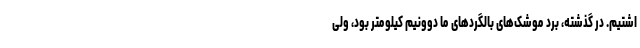
اشتیم. در گذشته، بُرد موشک‌های بالگردهای ما دوونیم کیلومتر بود، ولی